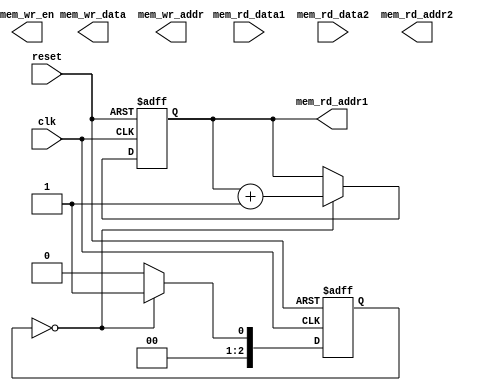
module w450(mem_wr_data, mem_wr_addr, mem_wr_en, mem_rd_data1, mem_rd_addr1,
	mem_rd_data2, mem_rd_addr2, reset, clk);
	parameter n=8;
	output [n-1:0] mem_wr_data;
	output [n-1:0] mem_wr_addr;
	output mem_wr_en;
	input [n-1:0] mem_rd_data1;
	output [n-1:0] mem_rd_addr1;
	input [n-1:0] mem_rd_data2;
	output [n-1:0] mem_rd_addr2;
	input reset;
	input clk;

	parameter [2:0]
		st_if  = 3'b000,
		st_id  = 3'b001;
		// you'll need more states than this...

	reg[2:0] state;

	// processor regs
	reg[n-1:0] PC; // program counter
	reg[n-1:0] IR; // instruction register
	reg[n-1:0] REG [3:0]; // general-purpose registers r0-r3

	assign mem_rd_addr1 = PC; // read port 1 is for instructions

	// useful for indexing in IR - modify as needed...
	parameter ir_opcode_hi = 7;
	parameter ir_opcode_lo = 5;
	parameter ir_reg1_hi = 4;
	parameter ir_reg1_lo = 3;
	parameter ir_reg0_hi = 2;
	parameter ir_reg0_lo = 1;
	parameter ir_dst = 0;

	always@(posedge clk or posedge reset) begin // stages
		if(reset) begin
			state <= st_if;
			PC <= 8'h 00;
		end
		else
		case(state)
			st_if: begin
				IR <= mem_rd_data1;
				PC <= PC + 1;
				state <= st_id;
			end

			st_id: begin
				//...
				state <= st_if; // you'll need to change this...
			end

			// add a case for each state that you define...

			default: state <= st_if;
		endcase
	end
endmodule